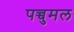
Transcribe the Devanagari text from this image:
पच्चुमल